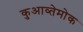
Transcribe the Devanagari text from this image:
कुआव्तेमोक